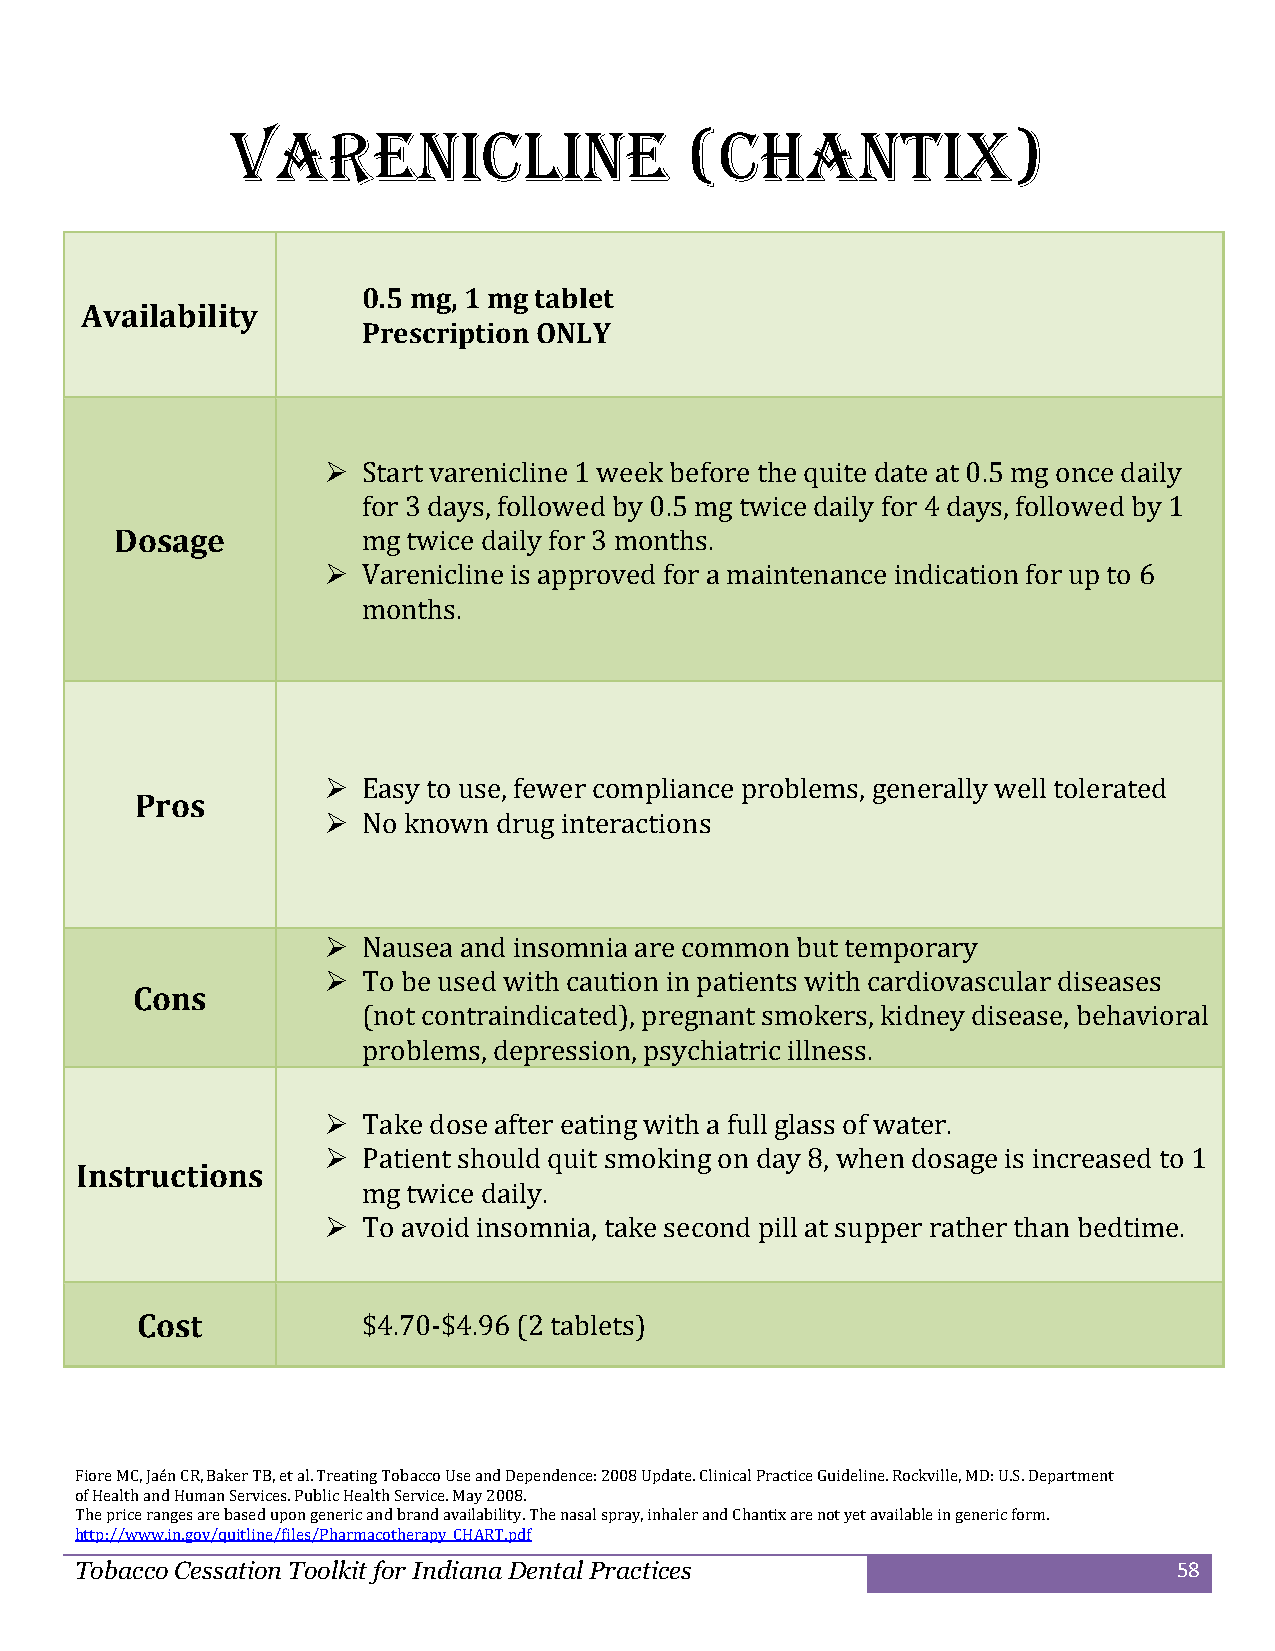
Varenicline                    (Chantix)
 0.5 mg, 1 mg tablet
 Availability
 Prescription ONLY
   Start varenicline 1 week before the quite date at 0.5 mg once daily
 for 3 days, followed by 0.5 mg twice daily for 4 days, followed by 1
 Dosage          mg twice daily for 3 months.
   Varenicline is approved for a maintenance indication for up to 6
 months.
   Easy to use, fewer compliance problems, generally well tolerated
 Pros
   No known drug interactions
   Nausea and insomnia are common but temporary
   To be used with caution in patients with cardiovascular diseases
 Cons
 (not contraindicated), pregnant smokers, kidney disease, behavioral
 problems, depression, psychiatric illness.
   Take dose after eating with a full glass of water.
   Patient should quit smoking on day 8, when dosage is increased to 1
 Instructions
 mg twice daily.
   To avoid insomnia, take second pill at supper rather than bedtime.
 Cost           $4.70-$4.96 (2 tablets)
 Fiore MC, Jaén CR, Baker TB, et al. Treating Tobacco Use and Dependence: 2008 Update. Clinical Practice Guideline. Rockville, MD: U.S. Department
 of Health and Human Services. Public Health Service. May 2008.
 The price ranges are based upon generic and brand availability. The nasal spray, inhaler and Chantix are not yet available in generic form.
 http://www.in.gov/quitline/files/Pharmacotherapy_CHART.pdf
 Tobacco Cessation Toolkit for Indiana Dental Practices                   58